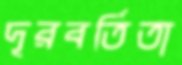
দূরবর্তিতা